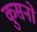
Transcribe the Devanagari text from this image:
कुसनो